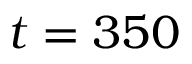
t = 3 5 0